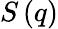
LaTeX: S\left(q\right)